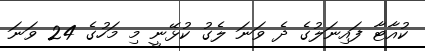
ކުއާޓާ ފައިނަލުގެ ދެ ވަނަ ލެގު ކުޅޭނީ މި މަހުގެ 24 ވަނަ